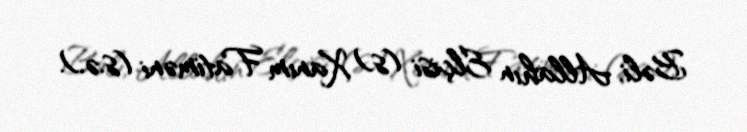
Bəli, Allahın Elçisi (s) Xanım Fatiməni (s.ə.).